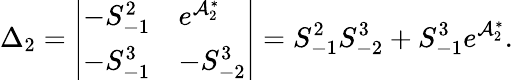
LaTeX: \Delta_{2}=\left|\begin{array}{ll}{-S_{-1}^{2}}&{e^{\mathcal{A}_{2}^{\ast}}}\\ {-S_{-1}^{3}}&{-S_{-2}^{3}}\end{array}\right|=S_{-1}^{2}S_{-2}^{3}+S_{-1}^{3}e^{\mathcal{A}_{2}^{\ast}}.